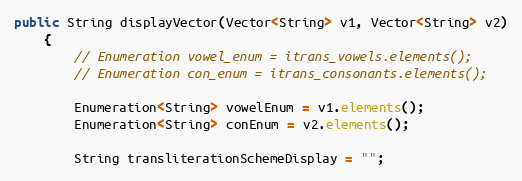
Language: Java
public String displayVector(Vector<String> v1, Vector<String> v2)
    {
        // Enumeration vowel_enum = itrans_vowels.elements();
        // Enumeration con_enum = itrans_consonants.elements();

        Enumeration<String> vowelEnum = v1.elements();
        Enumeration<String> conEnum = v2.elements();

        String transliterationSchemeDisplay = "";